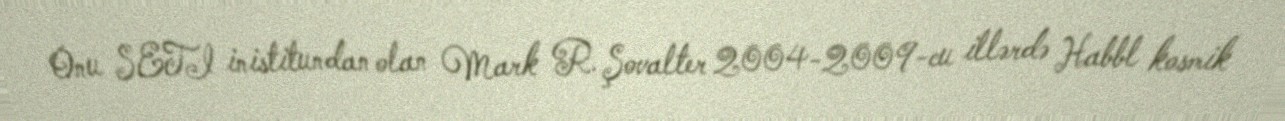
Onu SETI inistitundan olan Mark R. Şovalter 2004-2009-cu illərdə Habbl kosmik